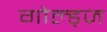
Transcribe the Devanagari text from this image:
गोल्ड्ज़